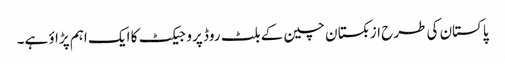
پاکستان کی طرح ازبکستان چین کے بلٹ روڈ پروجیکٹ کا ایک اہم پڑاؤ ہے۔